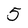
Character: 5